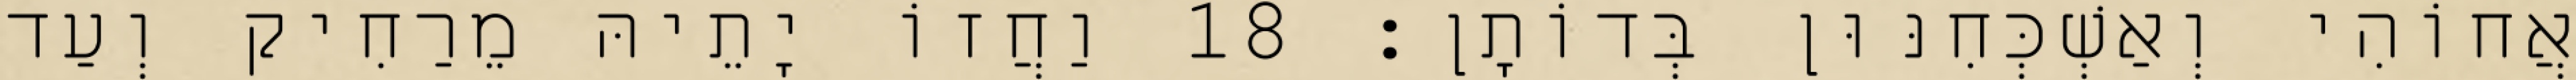
אֲחוֹהִי וְאַשְׁכְּחִנּוּן בְּדוֹתָן׃ 18 וַחֲזוֹ יָתֵיהּ מֵרַחִיק וְעַד